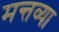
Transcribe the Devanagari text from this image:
मन्तव्या